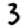
Digit: 3